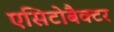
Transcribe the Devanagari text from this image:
एसिटोबैक्टर